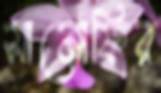
সানোফির